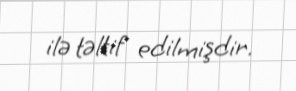
ilə təltif edilmişdir.